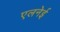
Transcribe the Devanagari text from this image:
एलनेई